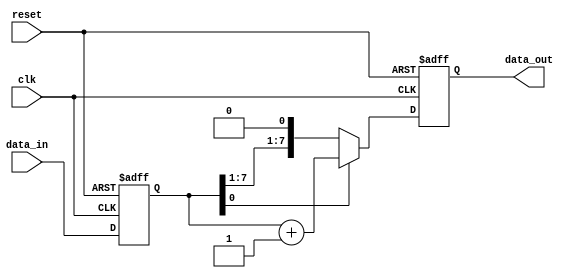
module synchronous_design (
    input wire clk,          // Clock signal
    input wire reset,        // Asynchronous reset signal
    input wire [7:0] data_in, // Input data
    output reg [7:0] data_out // Output data
);

    // Internal state variable
    reg [7:0] internal_state;

    // Always block triggered on the positive edge of the clock
    always @ (posedge clk or posedge reset) begin
        if (reset) begin
            // Reset logic: initialize internal state and output
            internal_state <= 8'b0;
            data_out <= 8'b0;
        end else begin
            // State updates based on input data
            internal_state <= data_in;

            // Conditional logic to determine output
            if (internal_state[0]) begin
                data_out <= internal_state + 1; // Example operation
            end else begin
                data_out <= internal_state; // Pass through
            end
        end
    end

endmodule